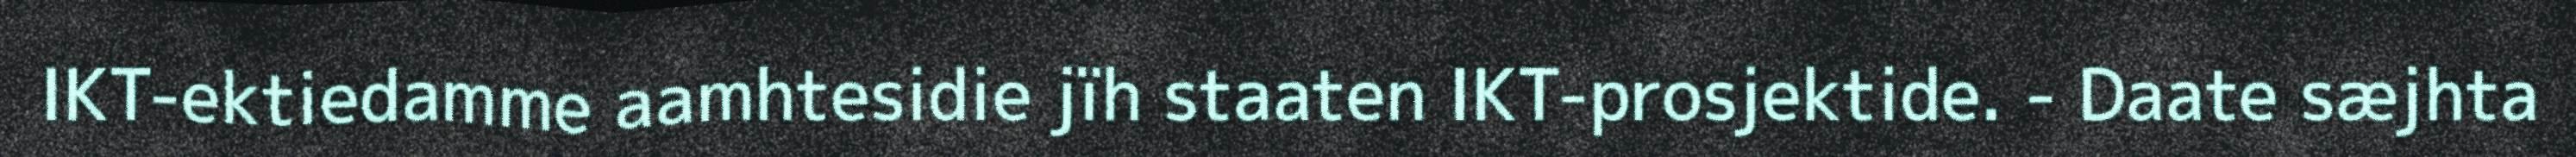
IKT-ektiedamme aamhtesidie jïh staaten IKT-prosjektide. - Daate sæjhta